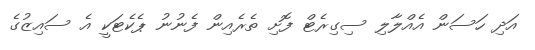
އަދި ހަސަން އެއްލާލި ސިގިރެޓް ފޮށި ތެރެއިން ފެނުނު ޕެކެޓަކީ އެ ސައިޒުގެ